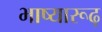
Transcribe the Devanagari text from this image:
भाष्यारूढ़